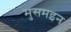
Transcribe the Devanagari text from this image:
मुसमइन